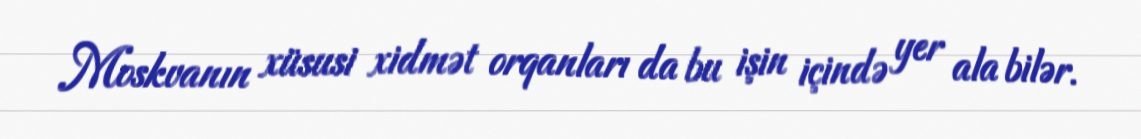
Moskvanın xüsusi xidmət orqanları da bu işin içində yer ala bilər.